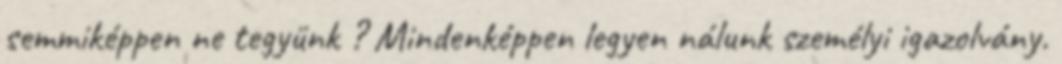
semmiképpen ne tegyünk ? Mindenképpen legyen nálunk személyi igazolvány.